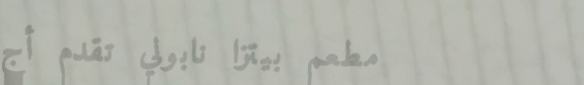
مطعم بيتزا نابولي تقدم أج